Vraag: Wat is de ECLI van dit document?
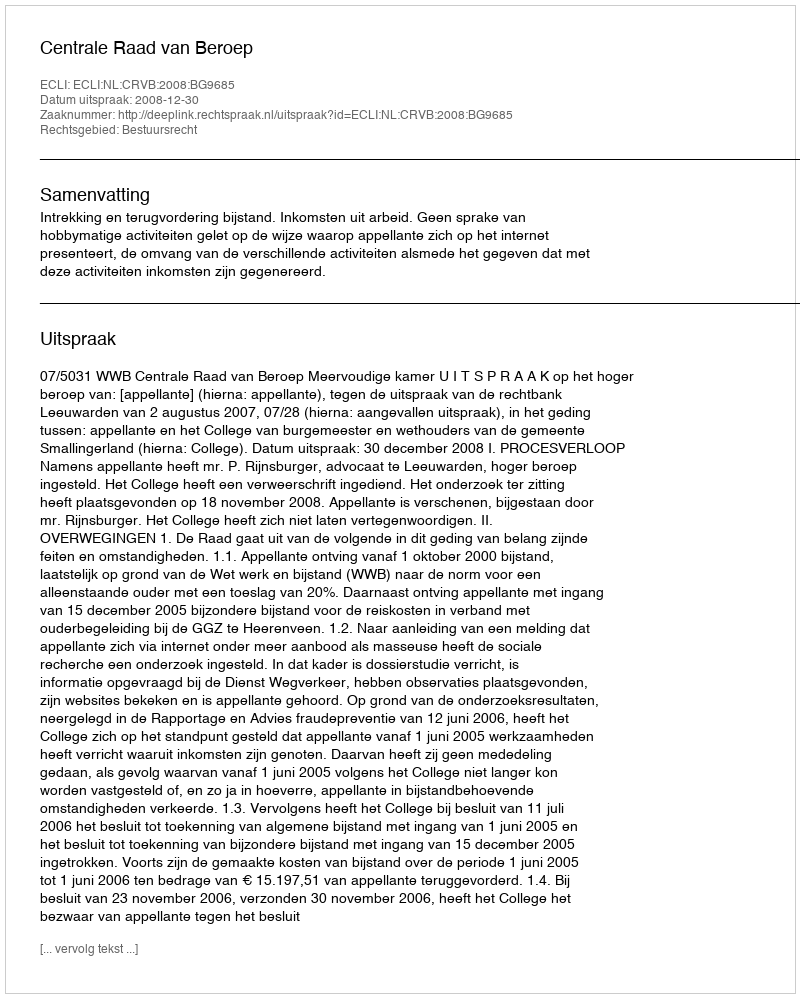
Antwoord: ECLI:NL:CRVB:2008:BG9685